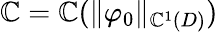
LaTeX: \mathbb{C}=\mathbb{C}(\| \varphi_{0}\| _{\mathbb{C}^{1}(D)})